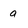
Character: a